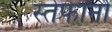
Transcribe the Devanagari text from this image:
स्तेफानो